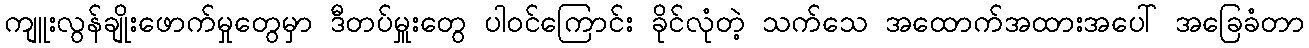
ကျူးလွန်ချိုးဖောက်မှုတွေမှာ ဒီတပ်မှူးတွေ ပါဝင်ကြောင်း ခိုင်လုံတဲ့ သက်သေ အထောက်အထားအပေါ် အခြေခံတာ